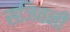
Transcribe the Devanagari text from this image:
संजिवनी